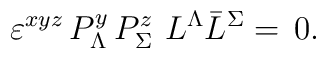
\varepsilon^{xyz} \, P_\Lambda^y  \, P_\Sigma^z\,\,L^\Lambda \bar L^\Sigma= \,0.